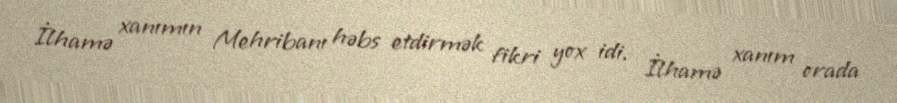
İlhamə xanımın Mehribanı həbs etdirmək fikri yox idi. İlhamə xanım orada